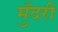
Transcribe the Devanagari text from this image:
मुँदरी